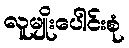
လူမျိုးပေါင်းစုံ